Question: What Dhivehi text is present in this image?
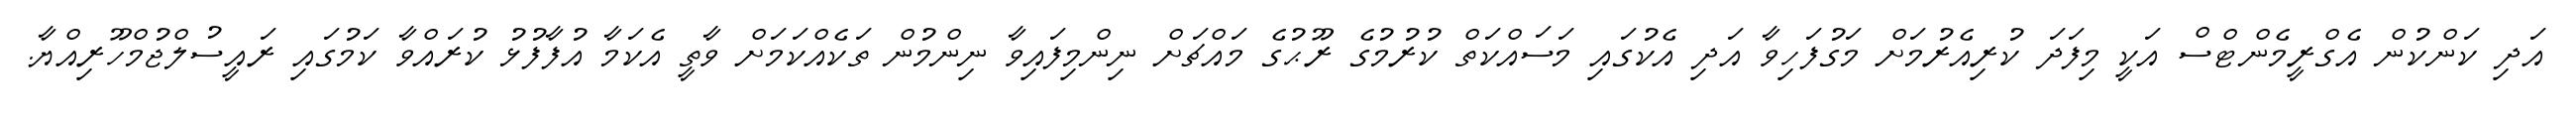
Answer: އަދި ކަންކުން އެގްރީމެންޓްސް އަކީ މިފަދަ ކުރިއެރުމަށް މަގުފަހިވާ އަދި އެކުގައި މަސައްކަތް ކުރުމުގެ ރޫޙުގެ މައްޗަށް ނިންމިފައިވާ ނިންމުން ތަކެއްކަމަށް ވާތީ އެކަމާ އުފާފުޅު ކުރައްވާ ކަމުގައި ރައީސުލްޖުމްހޫރިއްޔާ.